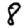
Digit: 8